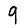
Digit: 9